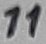
Text: 11